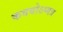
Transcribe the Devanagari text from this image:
कवयोऽप्यत्र